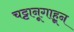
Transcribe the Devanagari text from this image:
चट्टानूगाहून